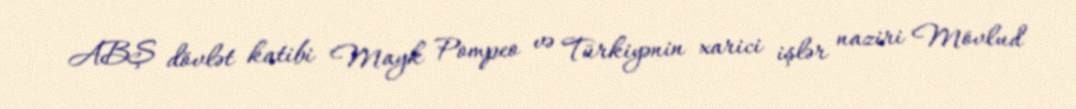
ABŞ dövlət katibi Mayk Pompeo və Türkiyənin xarici işlər naziri Mövlud